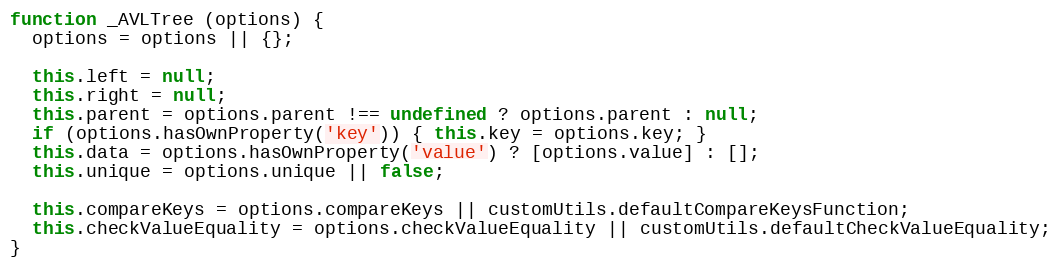
Language: JavaScript
function _AVLTree (options) {
  options = options || {};

  this.left = null;
  this.right = null;
  this.parent = options.parent !== undefined ? options.parent : null;
  if (options.hasOwnProperty('key')) { this.key = options.key; }
  this.data = options.hasOwnProperty('value') ? [options.value] : [];
  this.unique = options.unique || false;

  this.compareKeys = options.compareKeys || customUtils.defaultCompareKeysFunction;
  this.checkValueEquality = options.checkValueEquality || customUtils.defaultCheckValueEquality;
}